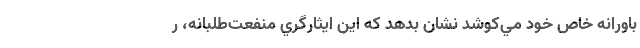
باورانه خاص خود مي‌كوشد نشان بدهد كه اين ايثارگري منفعت‌طلبانه، ر